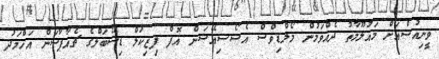
ވީނިއުސްއަށް މައުލޫމާތު ދެއްވަމުން މޯލްޑިވްސް އެސޯސިއޭޝަން އޮފް ފިޒިކަލް ޑިސޭބަލްގެ ޗެއާޕާސަން އަހްމަދު